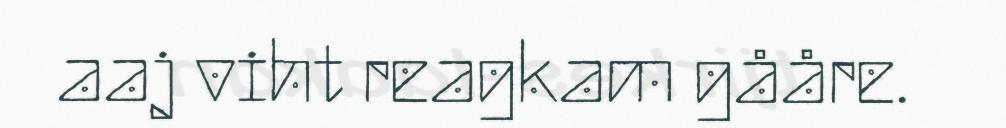
aaj viht reagkam gååre.